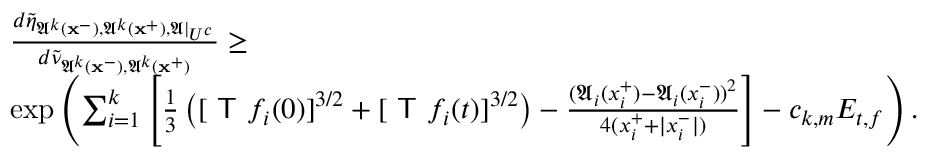
\begin{array} { r l } & { \frac { d \tilde { \eta } _ { \mathfrak { A } ^ { k } ( \mathbf { x } ^ { - } ) , \mathfrak { A } ^ { k } ( \mathbf { x } ^ { + } ) , \mathfrak { A } | _ { U ^ { c } } } } { d \tilde { \nu } _ { \mathfrak { A } ^ { k } ( \mathbf { x } ^ { - } ) , \mathfrak { A } ^ { k } ( \mathbf { x } ^ { + } ) } } \ge } \\ & { \exp \left( \sum _ { i = 1 } ^ { k } \left[ \frac { 1 } { 3 } \left( [ \textsf { T } f _ { i } ( 0 ) ] ^ { 3 / 2 } + [ \textsf { T } f _ { i } ( t ) ] ^ { 3 / 2 } \right) - \frac { ( \mathfrak { A } _ { i } ( x _ { i } ^ { + } ) - \mathfrak { A } _ { i } ( x _ { i } ^ { - } ) ) ^ { 2 } } { 4 ( x _ { i } ^ { + } + | x _ { i } ^ { - } | ) } \right] - c _ { k , m } E _ { t , f } \right) . } \end{array}